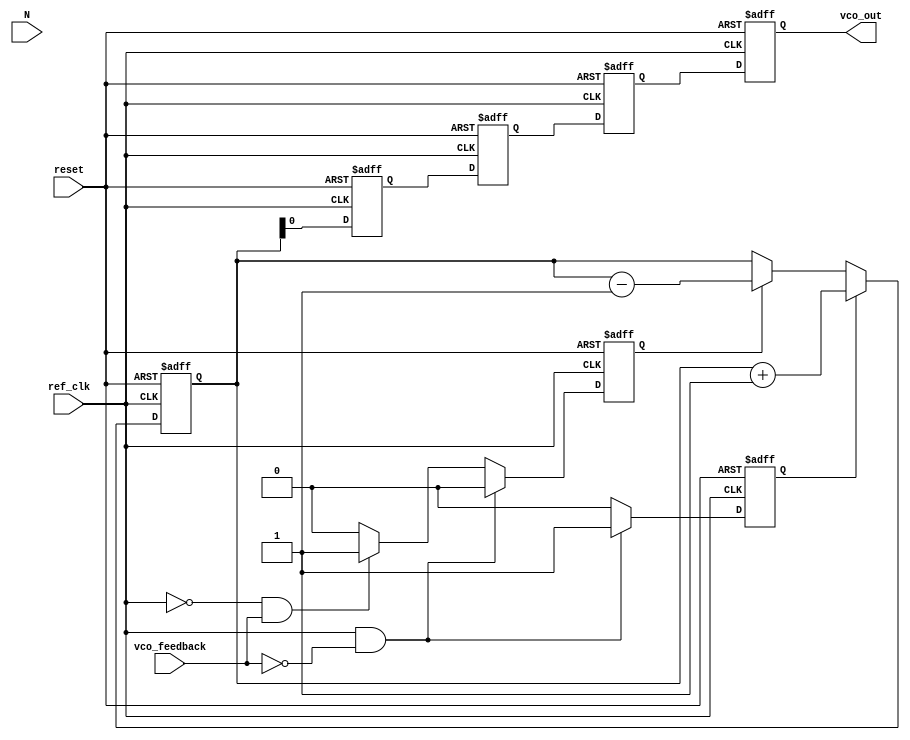
module integer_n_pll (
    input wire ref_clk,        // Reference clock input
    input wire vco_feedback,   // Feedback from VCO
    input wire reset,          // Asynchronous reset
    input wire [7:0] N,        // Division ratio (integer N)
    output reg vco_out         // VCO output frequency
);

    // PFD signals
    reg pfd_up;
    reg pfd_down;

    // Charge Pump signals
    reg [15:0] charge_pump_output;
    wire charge_pump_up;
    wire charge_pump_down;

    // Loop Filter
    reg [15:0] loop_filter_output;

    // VCO Control Voltage
    reg [15:0] vco_control_voltage;

    // VCO output frequency register
    reg [15:0] vco_frequency;

    // Divider output
    reg [15:0] divider_count;

    // PFD Implementation
    always @(posedge ref_clk or posedge reset) begin
        if (reset) begin
            pfd_up <= 0;
            pfd_down <= 0;
        end else begin
            if (ref_clk == 1 && vco_feedback == 0) begin
                pfd_up <= 1;
                pfd_down <= 0;
            end else if (ref_clk == 0 && vco_feedback == 1) begin
                pfd_up <= 0;
                pfd_down <= 1;
            end else begin
                pfd_up <= 0;
                pfd_down <= 0;
            end
        end
    end

    // Charge Pump Implementation
    always @(posedge ref_clk or posedge reset) begin
        if (reset) begin
            charge_pump_output <= 0;
        end else begin
            if (pfd_up) begin
                charge_pump_output <= charge_pump_output + 1; // Charge
            end else if (pfd_down) begin
                charge_pump_output <= charge_pump_output - 1; // Discharge
            end
        end
    end

    // Loop Filter Implementation
    always @(posedge ref_clk or posedge reset) begin
        if (reset) begin
            loop_filter_output <= 0;
        end else begin
            loop_filter_output <= charge_pump_output; // Simple filter for demo purposes
        end
    end

    // VCO Implementation
    always @(posedge ref_clk or posedge reset) begin
        if (reset) begin
            vco_control_voltage <= 0;
            vco_frequency <= 0;
            vco_out <= 0;
        end else begin
            vco_control_voltage <= loop_filter_output; // Control voltage from loop filter
            vco_frequency <= vco_control_voltage; // Simple frequency mapping for demo
            vco_out <= vco_frequency[0]; // Generate output based on frequency (simplified)
        end
    end

    // Divider Implementation
    always @(posedge vco_out or posedge reset) begin
        if (reset) begin
            divider_count <= 0;
        end else begin
            if (divider_count == N) begin
                divider_count <= 0; // Reset count
                // Feedback logic can be added here if needed
            end else begin
                divider_count <= divider_count + 1;
            end
        end
    end

endmodule